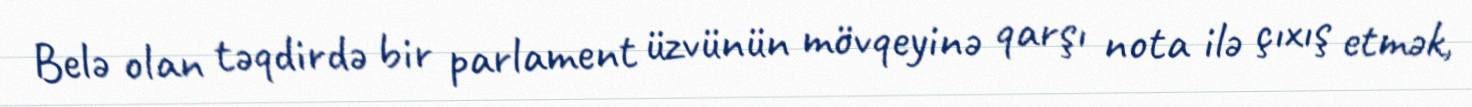
Belə olan təqdirdə bir parlament üzvünün mövqeyinə qarşı nota ilə çıxış etmək,